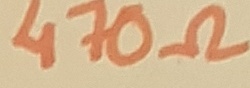
Text: 470Ω